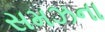
સમઝના